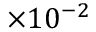
\times 1 0 ^ { - 2 }